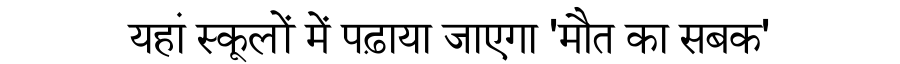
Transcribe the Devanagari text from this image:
यहां स्कूलों में पढ़ाया जाएगा 'मौत का सबक'